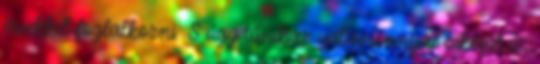
érvekkel foglalkozni. S úgy tűnik ez valamennyire sikerül is,